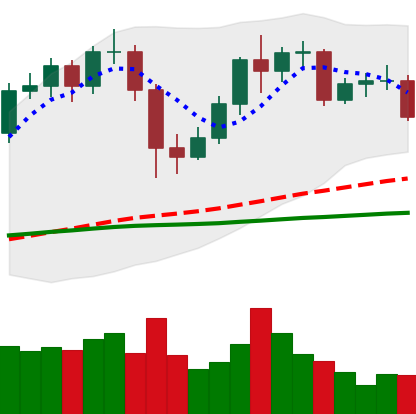
Ticker: LTC-USD
Chart end date: 2020-12-08
Forward return: 6.843%
Label: up_5_7